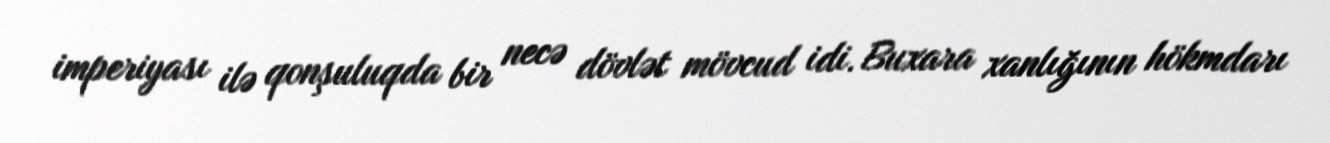
imperiyası ilə qonşuluqda bir necə dövlət mövcud idi. Buxara xanlığının hökmdarı